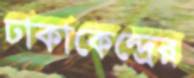
ঢাকাকেন্দ্রের